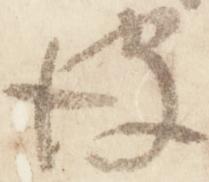
彼